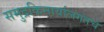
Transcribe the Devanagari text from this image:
समुद्रकिनार्यालगतचे